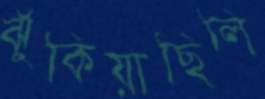
ঝুঁকিয়াছিলি